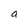
Character: a